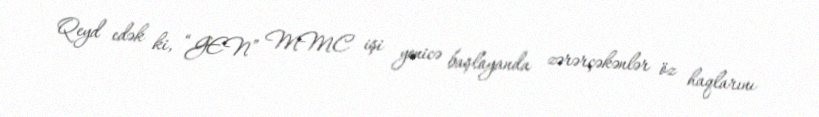
Qeyd edək ki, “GEN” MMC işi yenicə başlayanda zərərçəkənlər öz haqlarını